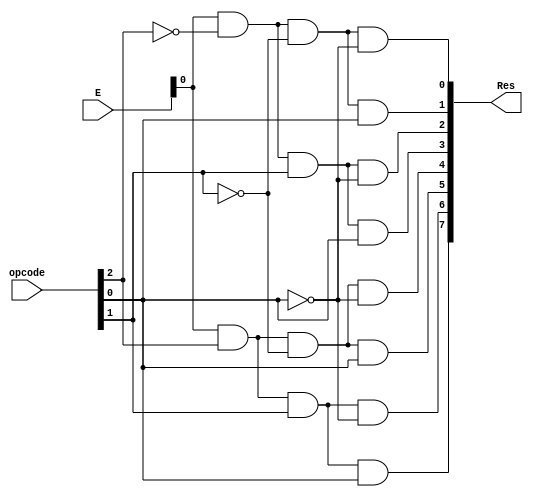
module decoder(
  input [2:0] opcode, E,
  output [7:0] Res);
  
  assign Res[0] = E &  ~opcode[2] & ~opcode[1] & ~opcode[0]; //000 Addition
  assign Res[1] = E &  ~opcode[2] & ~opcode[1] & opcode[0]; //001 Subtraction
  assign Res[2] = E &  ~opcode[2] & opcode[1] & ~opcode[0]; //010 MUltiplcation
  assign Res[3] = E &  ~opcode[2] & opcode[1] & opcode[0]; //011 Division
  assign Res[4] = E &  opcode[2] & ~opcode[1] & ~opcode[0]; //100 Move
  assign Res[5] = E &  opcode[2] & ~opcode[1] & opcode[0]; //101
  assign Res[6] = E &  opcode[2] & opcode[1] & ~opcode[0]; //110
  assign Res[7] = E &  opcode[2] & opcode[1] & opcode[0]; //111
  
endmodule